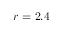
r = 2 . 4